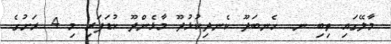
މާލޭގައި ތިބި ނ. ހެނބަދޫ ކެނދިކުޅުދޫ މާޅެންދޫ ކުޑަފަރި މި 4 ރަށުގެ